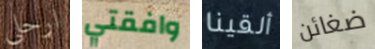
ارحلي وافقتي ألقينا ضغائن